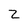
Character: Z